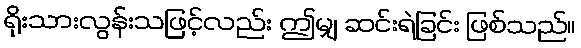
ရိုးသားလွန်းသဖြင့်လည်း ဤမျှ ဆင်းရဲခြင်း ဖြစ်သည်။